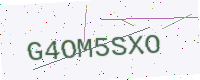
Text: G4OM5SXO